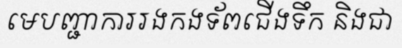
មេបញ្ជាការរងកងទ័ពជើងទឹក និងជា